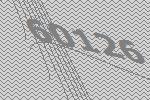
60126